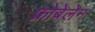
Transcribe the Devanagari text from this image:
फ्रोबेलेन